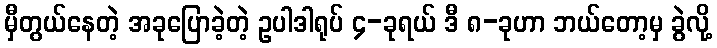
မှီတွယ်နေတဲ့ အခုပြောခဲ့တဲ့ ဥပါဒါရုပ် ၄-ခုရယ် ဒီ ၈-ခုဟာ ဘယ်တော့မှ ခွဲလို့